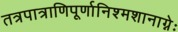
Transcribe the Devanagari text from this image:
तत्रपात्राणिपूर्णानिश्मशानाग्नेः